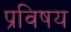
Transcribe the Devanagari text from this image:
प्रविषय